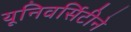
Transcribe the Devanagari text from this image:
यूनिवर्सिटीने